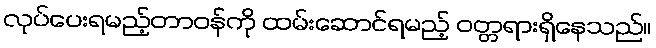
လုပ်ပေးရမည့်တာဝန်ကို ထမ်းဆောင်ရမည့် ဝတ္တရားရှိနေသည်။